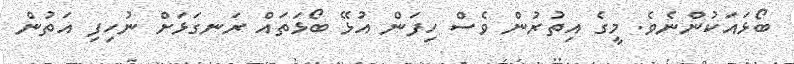
ބޯޅަައަކުންނެވެ. މީގެ އިތުރުން ވެސް ހިފަން އުޅޭ ބޯޅަތައް ރަނގަޅަށް ނުހިފި އަތުން